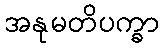
အနုမတိပက္ခာ